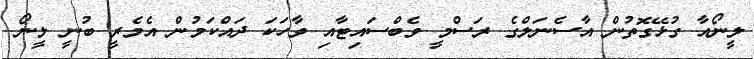
ލީނޯއާ ގުޅޭގޮތުން އާސެނަލްގެ ރަސްމީ ވެބްސައިޓާއި ވާހަކަ ދައްކަމުން އެމެރީ ބުނީ ލީނޯ